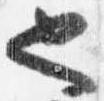
也